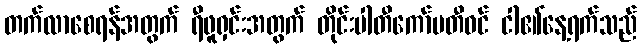
တက်လာစေရန်အတွက် ရီဖူရှင်းအတွက် တိုင်းပါတီကော်မတီဝင် ငါ၏နေ့ရက်သည်